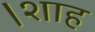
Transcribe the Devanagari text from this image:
।शाह